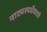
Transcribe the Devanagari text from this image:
नाट्यस्पर्धेच्याही